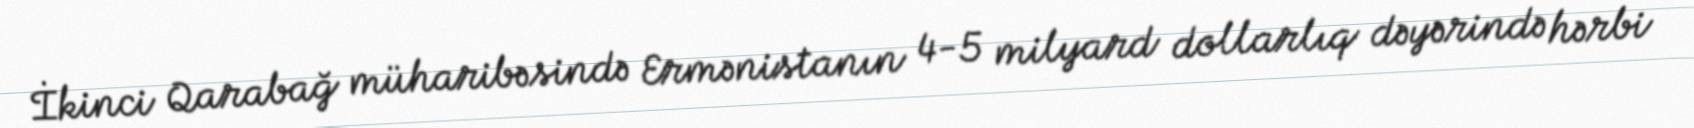
İkinci Qarabağ müharibəsində Ermənistanın 4-5 milyard dollarlıq dəyərində hərbi